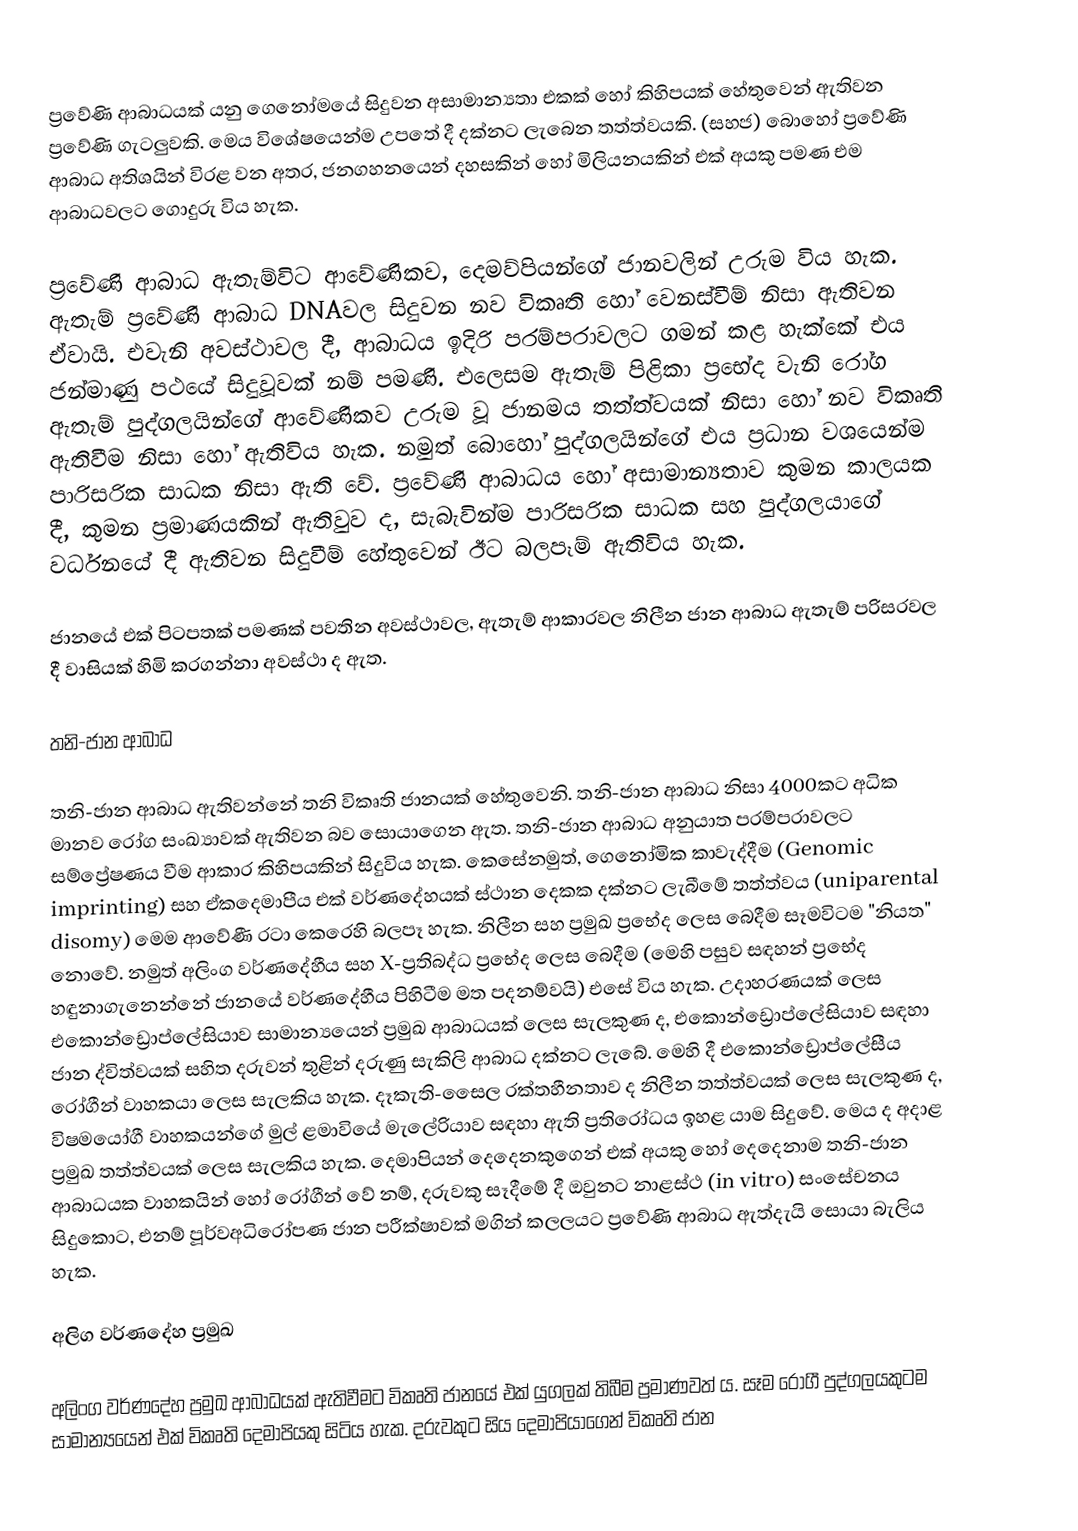
ප්‍රවේණි ආබාධයක් යනු ගෙනෝමයේ සිදුවන අසාමාන්‍යතා එකක් හෝ කිහිපයක් හේතුවෙන් ඇතිවන ප්‍රවේණි ගැටලුවකි. මෙය විශේෂයෙන්ම උපතේ දී දක්නට ලැබෙන තත්ත්වයකි. (සහජ) බොහෝ ප්‍රවේණි ආබාධ අතිශයින් විරළ වන අතර, ජනගහනයෙන් දහසකින් හෝ මිලියනයකින් එක් අයකු පමණ එම ආබාධවලට ‍ගොදුරු විය හැක.

ප්‍රවේණි ආබාධ ඇතැම්විට ආවේණිකව, දෙමව්පියන්‍ගේ ජානවලින් උරුම විය හැක. ඇතැම් ප්‍රවේණි ආබාධ DNAවල සිදුවන නව විකෘති හෝ වෙනස්වීම් නිසා ඇතිවන ඒවායි. එවැනි අවස්ථාවල දී, ආබාධය ඉදිරි පරම්පරාවලට ගමන් කළ හැක්කේ එය ජන්මාණු පථයේ සිදුවූවක් නම් පමණි. එලෙසම ඇතැම් පිළිකා ප්‍රභේද වැනි රෝග ඇතැම් පුද්ගලයින්ගේ ආවේණිකව උරුම වූ ජානමය තත්ත්වයක් නිසා හෝ නව විකෘති ඇතිවීම නිසා හෝ ඇතිවිය හැක. නමුත් බොහෝ පුද්ගලයින්ගේ එය ප්‍රධාන වශයෙන්ම පාරිසරික සාධක නිසා ඇති වේ. ප්‍රවේණි ආබාධය හෝ අසාමාන්‍යතාව කුමන කාලයක දී, කුමන ප්‍රමාණයකින් ඇතිවුව ද, සැබැවින්ම පාරිසරික සාධක සහ පුද්ගලයාගේ වර්ධනයේ දී ඇතිවන සිදුවීම් හේතුවෙන් ඊට බලපෑම් ඇතිවිය හැක.

ජානයේ එක් පිටපතක් පමණක් පවතින අවස්ථාවල, ඇතැම් ආකාරවල නිලීන ජාන ආබාධ ඇතැම් පරිසරවල දී වාසියක් හිමි කරගන්නා අවස්ථා ද ඇත.

තනි-ජාන ආබාධ

තනි-ජාන ආබාධ ඇතිවන්නේ තනි විකෘති ජානයක් හේතුවෙනි. තනි-ජාන ආබාධ නිසා 4000කට අධික මානව රෝග සංඛ්‍යාවක් ඇතිවන බව සොයාගෙන ඇත. තනි-ජාන ආබාධ අනුයාත පරම්පරාවලට සම්ප්‍රේෂණය වීම ආකාර කිහිපයකින් සිදුවිය හැක. කෙසේනමුත්, ගෙනෝමික කාවැද්දීම (Genomic imprinting) සහ ඒකදෙමාපීය එක් වර්ණදේහයක් ස්ථාන දෙකක දක්නට ලැබීමේ තත්ත්වය (uniparental disomy) මෙම ආවේණී රටා කෙරෙහි බලපෑ හැක. නිලීන සහ ප්‍රමුඛ ප්‍ර‍භේද ලෙස බෙදීම සෑමවිටම "නියත" නොවේ. නමුත් අලිංග වර්ණදේහීය සහ X-ප්‍රතිබද්ධ ප්‍රභේද ලෙස බෙදීම (මෙහි පසුව සඳහන් ප්‍රභේද හඳුනාගැනෙන්නේ ජානයේ වර්ණදේහීය පිහිටීම මත පදනම්වයි) එසේ විය හැක. උදාහරණයක් ලෙස එකොන්ඩ්‍රොප්ලේසියාව සාමාන්‍යයෙන් ප්‍රමුඛ ආබාධයක් ලෙස සැලකුණ ද, එකොන්ඩ්‍රොප්ලේසියාව සඳහා ජාන ද්විත්වයක් සහිත දරුවන් තුළින් දරුණු සැකිලි ආබාධ දක්නට ලැබේ. මෙහි දී එකොන්ඩ්‍රොප්ලේසීය රෝගීන් වාහකයා ලෙස සැලකිය හැක. දෑකැති-සෛල රක්තහීනතාව ද නිලීන තත්ත්වයක් ලෙස සැලකුණ ද, විෂමයෝගී වාහකයන්ගේ මුල් ළමාවියේ මැලේරියාව සඳහා ඇති ප්‍රතිරෝධය ඉහළ යාම සිදුවේ. මෙය ද අදාළ ප්‍රමුඛ තත්ත්වයක් ලෙස සැලකිය හැක. දෙමාපියන් දෙදෙනකුගෙන් එක් අයකු හෝ දෙදෙනාම තනි-ජාන ආබාධයක වාහකයින් හෝ රෝගීන් වේ නම්, දරුවකු සෑදීමේ දී ඔවුනට නාළස්ථ (in vitro) සංසේචනය සිදුකොට, එනම් පූර්වඅධිරෝපණ ජාන පරීක්ෂාවක් මගින් කලලයට ප්‍රවේණි ආබාධ ඇත්දැයි සොයා බැලිය හැක.

අලිග වර්ණදේහ ප්‍රමුඛ

අලිංග වර්ණදේහ ප්‍රමුඛ ආබාධයක් ඇතිවීමට විකෘති ජානයේ එක් යුගලක් තිබීම ප්‍රමාණවත් ය. සෑම රෝගී පුද්ගලයකුටම සාමාන්‍යයෙන් එක් විකෘති දෙමාපියකු සිටිය හැක. දරුවකුට සිය දෙමාපියාගෙන් විකෘති ජාන